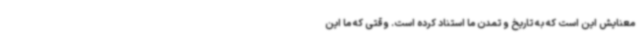
معنایش این است که به تاریخ و تمدن ما استناد کرده است. وقتی که ما این